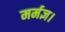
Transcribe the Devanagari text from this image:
मर्मज्ञ।